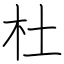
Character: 杜